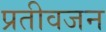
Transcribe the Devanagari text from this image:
प्रतीवजन